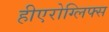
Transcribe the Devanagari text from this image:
हीएरोग्लिफ्स